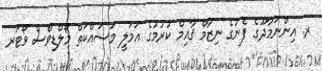
ރ. އިންނަމާދޫގެ ފެނުގެ ނިޒާމް ޤާއިމް ކުރުމުގެ އަމަލީ މަސައްކަތް މޯލްޑިވްސް ވޯޓަރ